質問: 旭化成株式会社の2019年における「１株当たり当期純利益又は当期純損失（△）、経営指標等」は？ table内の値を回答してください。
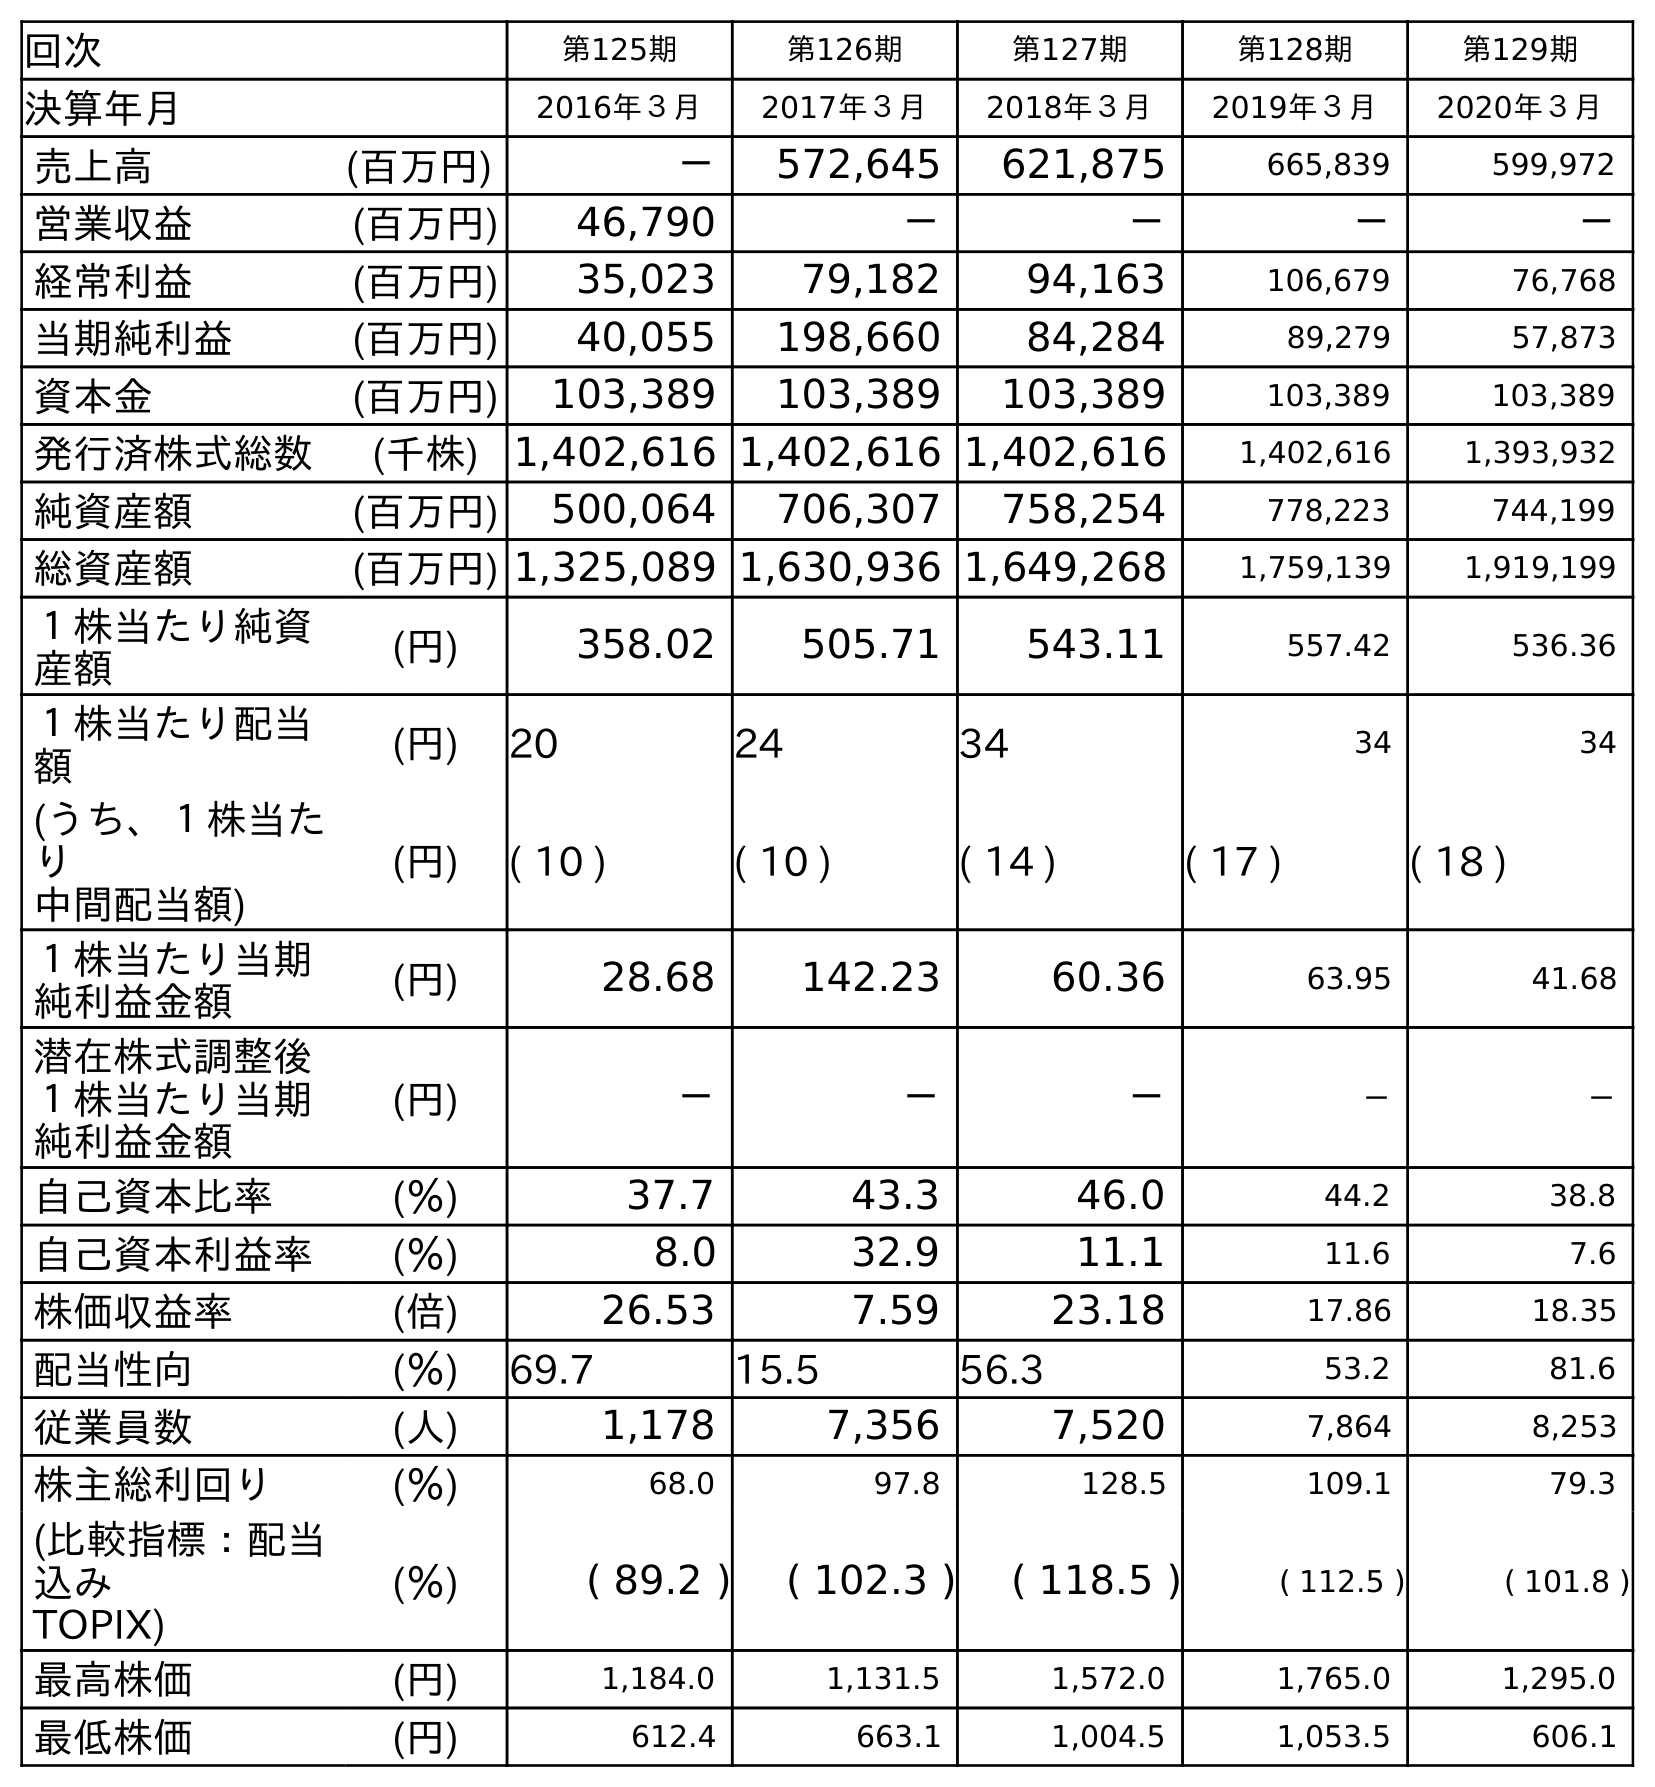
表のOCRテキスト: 回次 第125期 第126期 第127期 第128期 第129期 決算年月 2016年３月 2017年３月 2018年３月 2019年３月 2020年３月 売上高 (百万円) － 572,645 621,875 665,839 599,972 営業収益 (百万円) 46,790 － － － － 経常利益 (百万円) 35,023 79,182 94,163 106,679 76,768 当期純利益 (百万円) 40,055 198,660 84,284 89,279 57,873 資本金 (百万円) 103,389 103,389 103,389 103,389 103,389 発行済株式総数 (千株) 1,402,616 1,402,616 1,402,616 1,402,616 1,393,932 純資産額 (百万円) 500,064 706,307 758,254 778,223 744,199 総資産額 (百万円) 1,325,089 1,630,936 1,649,268 1,759,139 1,919,199 １株当たり純資 産額 (円) 358.02 505.71 543.11 557.42 536.36 １株当たり配当 額 (円) 20 24 34 34 34 (うち、１株当た り 中間配当額) (円) ( 10 ) ( 10 ) ( 14 ) ( 17 ) ( 18 ) １株当たり当期 純利益金額 (円) 28.68 142.23 60.36 63.95 41.68 潜在株式調整後 １株当たり当期 純利益金額 (円) － － － － － 自己資本比率 (％) 37.7 43.3 46.0 44.2 38.8 自己資本利益率 (％) 8.0 32.9 11.1 11.6 7.6 株価収益率 (倍) 26.53 7.59 23.18 17.86 18.35 配当性向 (％) 69.7 15.5 56.3 53.2 81.6 従業員数 (人) 1,178 7,356 7,520 7,864 8,253 株主総利回り (％) 68.0 97.8 128.5 109.1 79.3 (比較指標：配当 込み TOPIX) (％) ( 89.2 ) ( 102.3 ) ( 118.5 ) ( 112.5 ) ( 101.8 ) 最高株価 (円) 1,184.0 1,131.5 1,572.0 1,765.0 1,295.0 最低株価 (円) 612.4 663.1 1,004.5 1,053.5 606.1
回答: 63.95